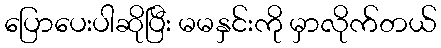
ပြောပေးပါဆိုပြီး မမနှင်းကို မှာလိုက်တယ်